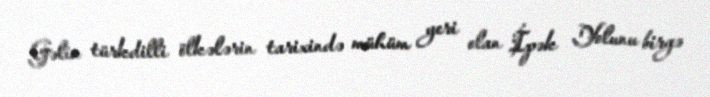
Gəlin türkdilli ölkələrin tarixində mühüm yeri olan İpək Yolunu birgə